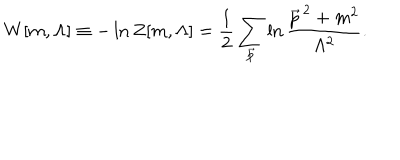
W [ m , \Lambda ] \equiv - \ln Z [ m , \Lambda ] = { \frac { 1 } { 2 } } \sum _ { { \vec { p } } } \ln { \frac { { { \vec { p } } } ^ { \, 2 } + m ^ { 2 } } { \Lambda ^ { 2 } } } .